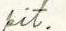
pit.